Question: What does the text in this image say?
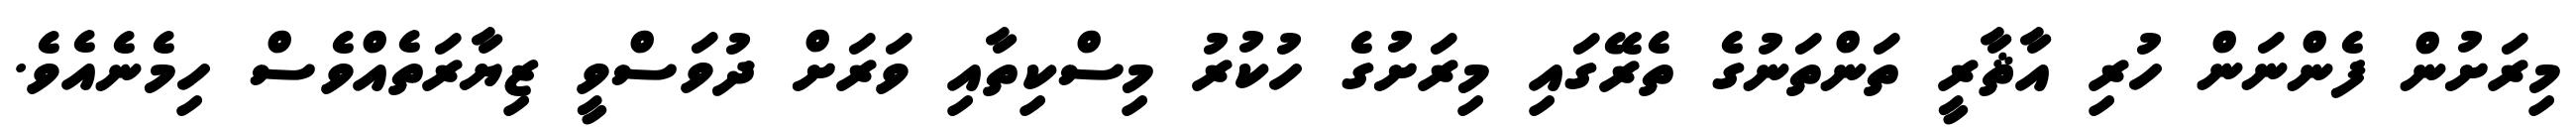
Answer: މިރަށުން ފެންނަން ހުރި އާޘާރީ ތަންތަނުގެ ތެރޭގައި މިރަށުގެ ހުކުރު މިސްކިތާއި ވަރަށް ދުވަސްވީ ޒިޔާރަތެއްވެސް ހިމެނެއެވެ.